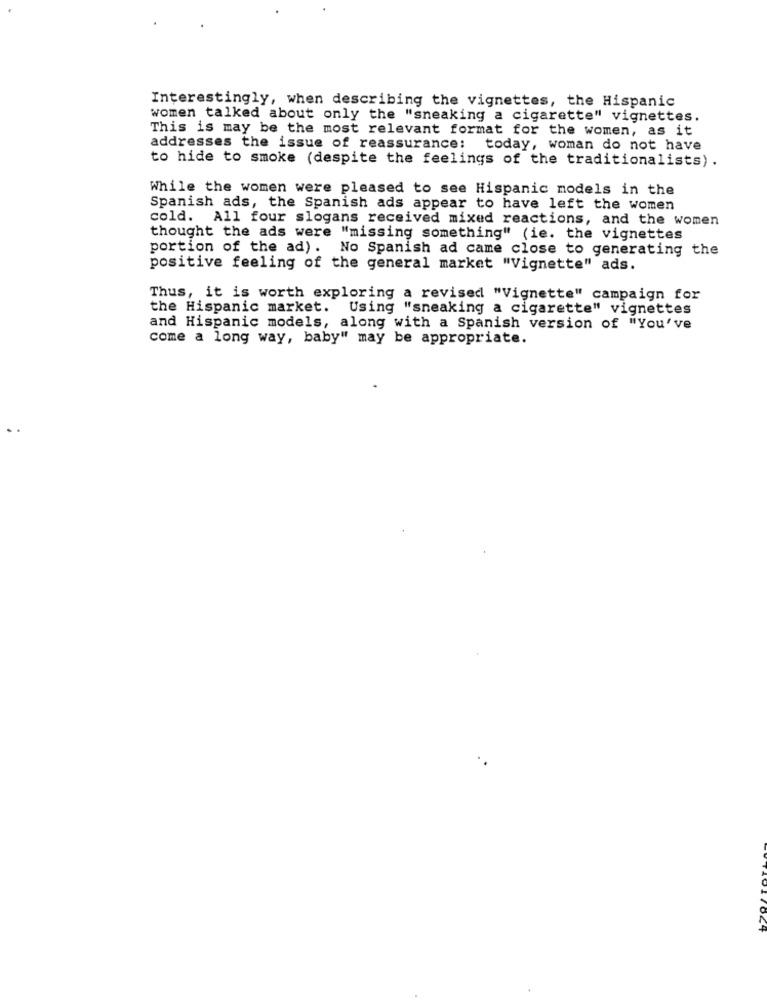
Interestingly, when describing the vignettes, the Hispanic
women talked about only the "sneaking a cigarette" vignettes.
This is may be the most relevant format for the women, as it
addresses the issue of reassurance:
today, woman do not have
to hide to smoke (despite the feelings of the traditionalists).
While the women were pleased to see Hispanic models in the
Spanish ads, the Spanish ads appear to have left the women
cold. All four slogans received mixed reactions, and the women
thought the ads were "missing something" (ie. the vignettes
portion of the ad). No Spanish ad came close to generating the
positive feeling of the general market "Vignette" ads.
Thus, it is worth exploring a revised "Vignette" campaign for
the Hispanic market. Using "sneaking a cigarette" vignettes
and Hispanic models, along with a Spanish version of "You've
come a long way, baby" may be appropriate.